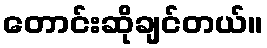
တောင်းဆိုချင်တယ်။